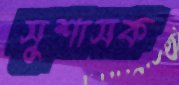
সুশাসক